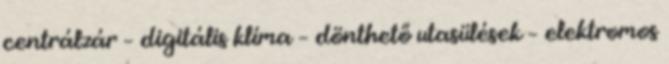
centrálzár – digitális klíma – dönthető utasülések – elektromos